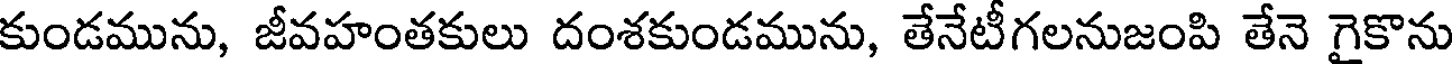
కుండమును, జీవహంతకులు దంశకుండమును, తేనేటీగలనుజంపి తేనె గైకొను